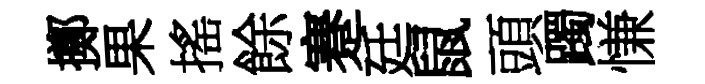
擲果搖餘蹇廷鼠頭躅慊